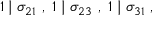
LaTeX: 1 \mid \sigma _ { 2 1 } ~ , ~ 1 \mid \sigma _ { 2 3 } ~ , ~ 1 \mid \sigma _ { 3 1 } ~ ,